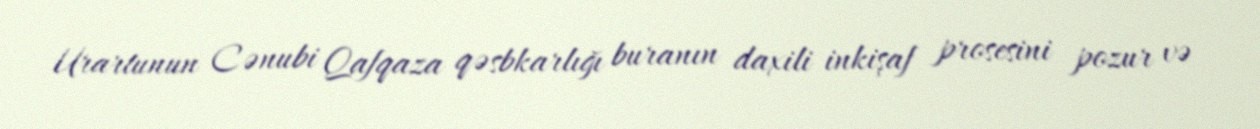
Urartunun Cənubi Qafqaza qəsbkarlığı buranın daxili inkişaf prosesini pozur və